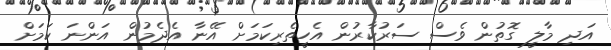
އަދި މާލީ ގޮތުން ވެސް ސަރުކާރުން އެހީތެރިކަމަށް އޭނާ އެދެމުން އަންނަ ކަމަށް